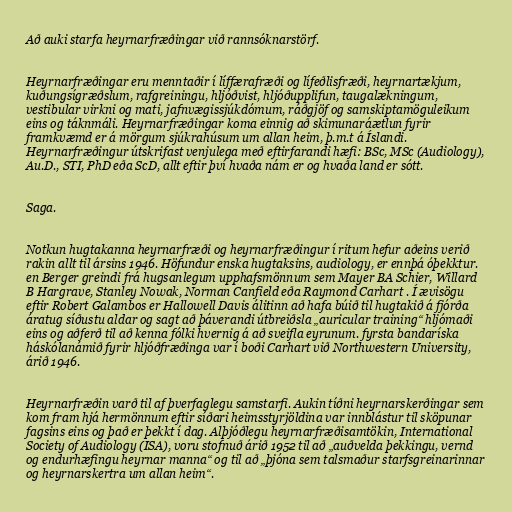
Að auki starfa heyrnarfræðingar við rannsóknarstörf.

Heyrnarfræðingar eru menntaðir í líffærafræði og lífeðlisfræði, heyrnartækjum,
kuðungsígræðslum, rafgreiningu, hljóðvist, hljóðupplifun, taugalækningum,
vestibular virkni og mati, jafnvægissjúkdómum, ráðgjöf og samskiptamöguleikum
eins og táknmáli. Heyrnarfræðingar koma einnig að skimunaráætlun fyrir
framkvæmd er á mörgum sjúkrahúsum um allan heim, þ.m.t á Íslandi.
Heyrnarfræðingur útskrifast venjulega með eftirfarandi hæfi: BSc, MSc (Audiology),
Au.D., STI, PhD eða ScD, allt eftir því hvaða nám er og hvaða land er sótt.

Saga.

Notkun hugtakanna heyrnarfræði og heyrnarfræðingur í ritum hefur aðeins verið
rakin allt til ársins 1946. Höfundur enska hugtaksins, audiology, er ennþá óþekktur.
en Berger greindi frá hugsanlegum upphafsmönnum sem Mayer BA Schier, Willard
B Hargrave, Stanley Nowak, Norman Canfield eða Raymond Carhart . Í ævisögu
eftir Robert Galambos er Hallowell Davis álitinn að hafa búið til hugtakið á fjórða
áratug síðustu aldar og sagt að þáverandi útbreiðsla „auricular training“ hljómaði
eins og aðferð til að kenna fólki hvernig á að sveifla eyrunum. fyrsta bandaríska
háskólanámið fyrir hljóðfræðinga var í boði Carhart við Northwestern University,
árið 1946.

Heyrnarfræðin varð til af þverfaglegu samstarfi. Aukin tíðni heyrnarskerðingar sem
kom fram hjá hermönnum eftir síðari heimsstyrjöldina var innblástur til sköpunar
fagsins eins og það er þekkt í dag. Alþjóðlegu heyrnarfræðisamtökin, International
Society of Audiology (ISA), voru stofnuð árið 1952 til að „auðvelda þekkingu, vernd
og endurhæfingu heyrnar manna“ og til að „þjóna sem talsmaður starfsgreinarinnar
og heyrnarskertra um allan heim“.